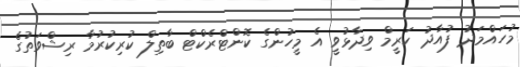
މުހައްމަދު ފުއާދު ކަރީމް ވިދާޅުވީ އެ މީހުންގެ ކޮންޓްރެކްޓް ބާތިލް ކުރިކުރުމާ ރިޝްވަތުގެ